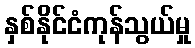
နှစ်နိုင်ငံကုန်သွယ်မှု